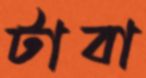
টাবা